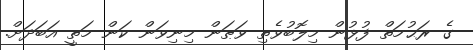
ގެ ރަޙުމަތް ފުޅުން މިލޮބުވެތި ވަޠަން މިނިވަން ކަން މަތީ އަބަދަށް.